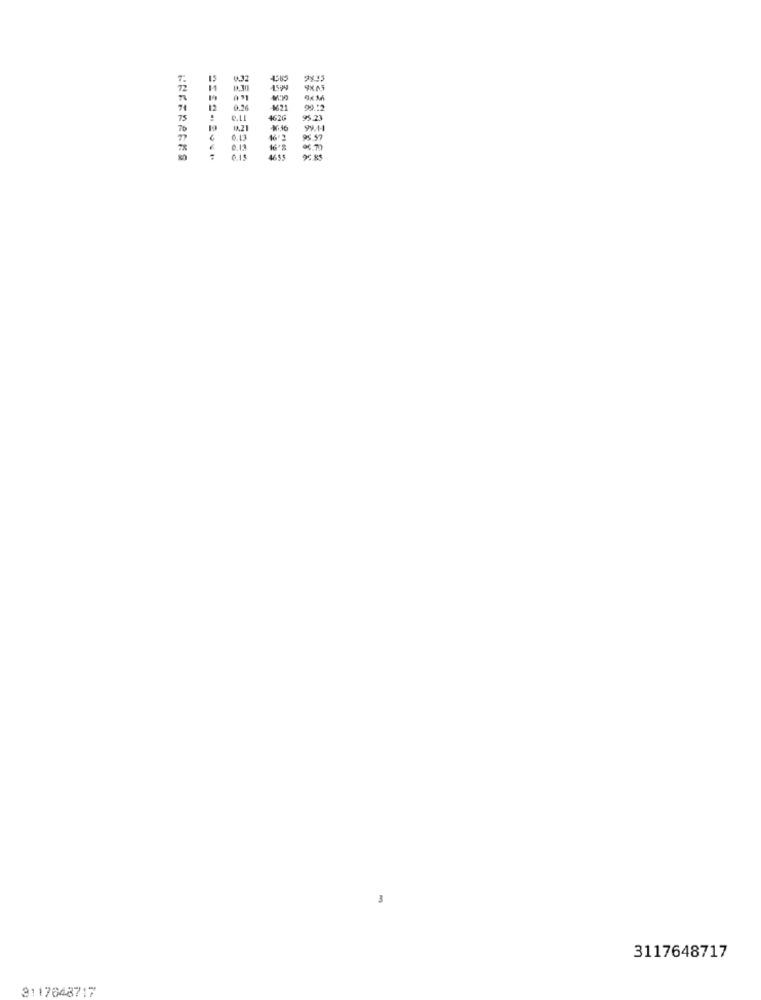
1599
CES
91
0.26
1621
75
e.Ll
4626
95.23
1.21
16.16
0.13
462
0.13
4635
3117648717
3117648717